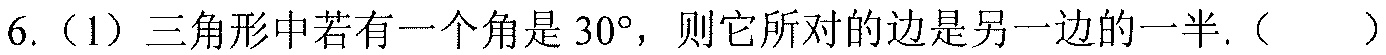
6.（1）三角形中若有一个角是\(30^{\circ}\)，则它所对的边是另一边的一半.（  ）